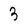
Character: 3